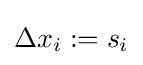
\Delta x_{i}:=s_{i}